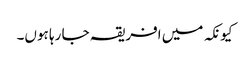
کیونکہ میں افریقہ جا رہا ہوں۔